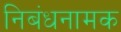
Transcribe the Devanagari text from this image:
निबंधनामक